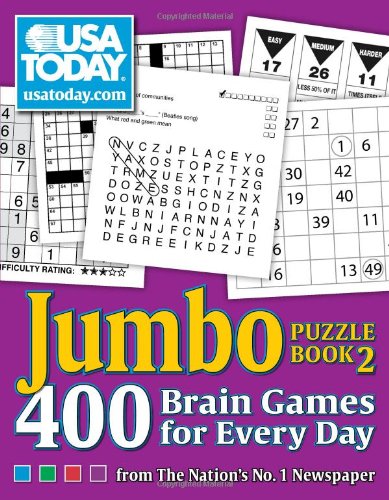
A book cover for USA TODAY Jumbo Puzzle Book 2: 400 Brain Games for Every Day; USA TODAY; Humor & Entertainment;